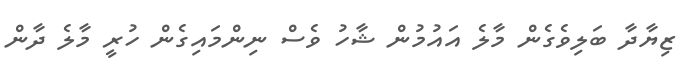
ޒިޔާދާ ބަލިވެގެން މާލެ އައުމުން ޝާހު ވެސް ނިންމައިގެން ހުރީ މާލެ ދާން